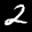
Label: 2